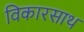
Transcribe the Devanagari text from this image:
विकारसाथ